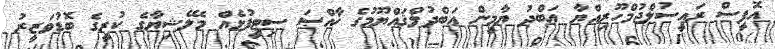
އޮފީސް ރައީސުލްޖުމްހޫރިއްޔާ ޢަބްދު ޔާމީން ޢަބްދުލްޤައްޔޫމުގެ ޚާއްޞަ ސިޓީފުޅެއް މެލޭޝިޔާގެ ކުރީގެ ބޮޑުވަޒީރު